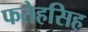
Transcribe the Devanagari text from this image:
फतेहसिह